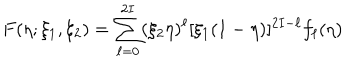
F ( \eta ; \xi _ { 1 } , \xi _ { 2 } ) = \sum _ { \ell = 0 } ^ { 2 I } ( \xi _ { 2 } \eta ) ^ { \ell } [ \xi _ { 1 } ( 1 - \eta ) ] ^ { 2 I - \ell } f _ { \ell } ( \eta ) \